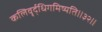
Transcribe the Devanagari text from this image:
कलिवृर्द्धिगमिष्यति॥३२॥